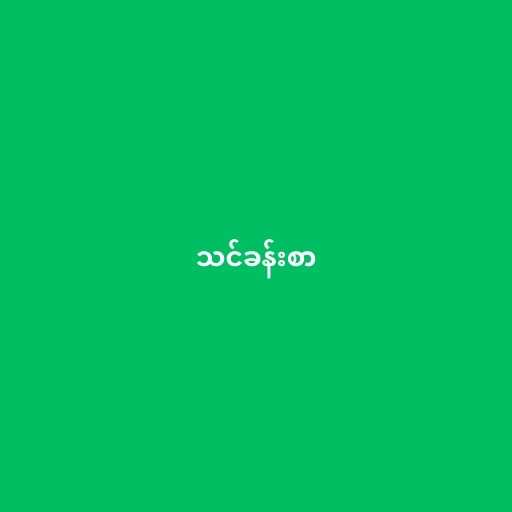
သင်ခန်းစာ